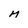
Character: M